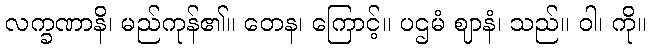
လက္ခဏာနိ၊ မည်ကုန်၏။ တေန၊ ကြောင့်။ ပဌမံ ဈာနံ၊ သည်။ ဝါ၊ ကို။